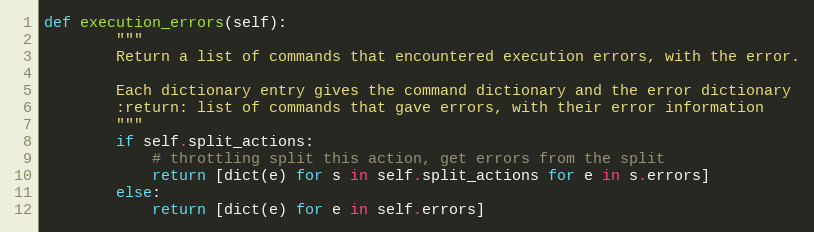
Language: Python
def execution_errors(self):
        """
        Return a list of commands that encountered execution errors, with the error.

        Each dictionary entry gives the command dictionary and the error dictionary
        :return: list of commands that gave errors, with their error information
        """
        if self.split_actions:
            # throttling split this action, get errors from the split
            return [dict(e) for s in self.split_actions for e in s.errors]
        else:
            return [dict(e) for e in self.errors]